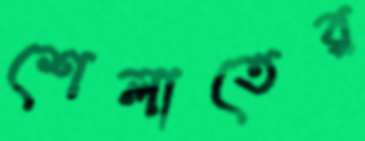
শেলাতের